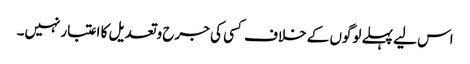
اس لیے پہلے لوگوں کے خلاف کسی کی جرح وتعدیل کا اعتبارنہیں۔